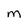
Character: m